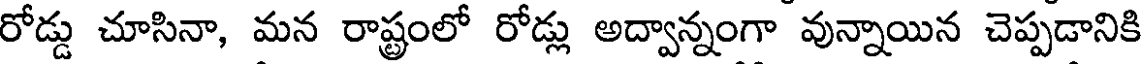
రోడ్డు చూసినా, మన రాష్ట్రంలో రోడ్లు అద్వాన్నంగా వున్నాయిన చెప్పడానికి